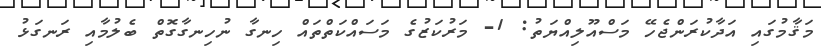
މަޤާމުގައި އަދާކުރަންޖެހޭ މަސްއޫލިއްޔަތު: 1- މަރުކަޒުގެ މަސައްކަތްތައް ހިނގާ ނުހިނގާގޮތް ބެލުމާއި ރަނގަޅު